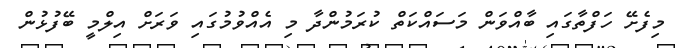
މިފެށޭ ހަފްތާގައި ބާއްވަން މަސައްކަތް ކުރަމުންދާ މި އެއްވުމުގައި ވަރަށް އިލްމީ ބޭފުޅުން